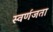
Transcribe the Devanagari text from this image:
स्वर्णजता